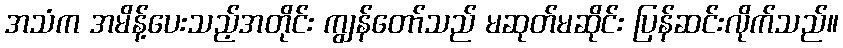
အသံက အမိန့်ပေးသည့်အတိုင်း ကျွန်တော်သည် မဆုတ်မဆိုင်း ပြန်ဆင်းလိုက်သည်။